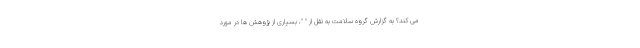
می کند؟ به گزارش گروه سلامت به نقل از " "، بسیاری از پژوهش ها در مورد